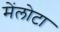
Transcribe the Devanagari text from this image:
मेंलोटा